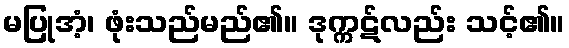
မပြုအံ့၊ ဖုံးသည်မည်၏။ ဒုက္ကဋ်လည်း သင့်၏။